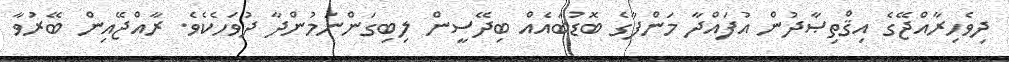
ދިވެހިރާއްޖޭގެ އިޤްތިޞާދުން އުފައްދާ މަންފާގެ ބޮޑުބައެއް ބިދޭސީން ލިބިގަންނަމުންދާ ދުވަހެކެވެ. ރާއްޖޭއިން ބޭރުވާ